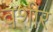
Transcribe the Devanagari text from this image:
वशीर